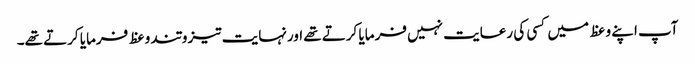
آپ اپنے وعظ میں کسی کی رعایت نہیں فرمایا کرتے تھے اورنہایت تیز و تند وعظ فرمایا کرتے تھے۔